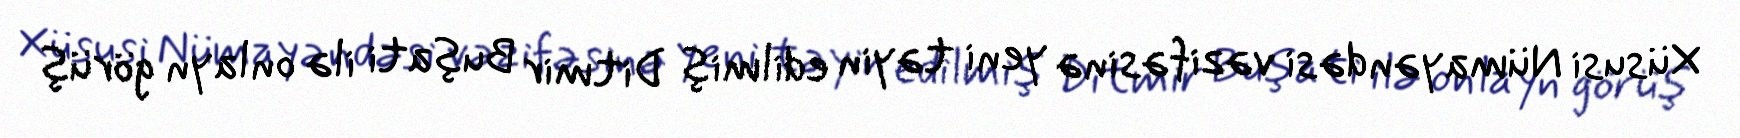
Xüsusi Nümayəndəsi vəzifəsinə yeni təyin edilmiş Ditmir Buşati ilə onlayn görüş